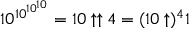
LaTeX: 1 0 ^ { 1 0 ^ { 1 0 ^ { 1 0 } } } = 1 0 \uparrow \uparrow 4 = ( 1 0 \uparrow ) ^ { 4 } 1